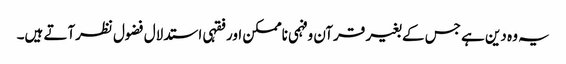
یہ وہ دین ہے جس کے بغیر قرآن وفہمی ناممکن اور فقہی استدلال فضول نظرآتے ہیں۔